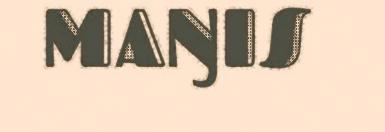
MAŊIS